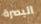
البصرة